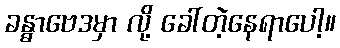
ခန္ဓာဗေဒမှာ လို့ ခေါ်တဲ့နေရာပေါ့။